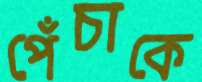
পেঁচাকে